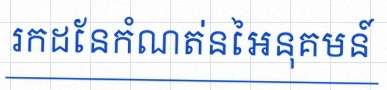
រកដែនកំណត់នៃអនុគមន៍